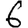
Digit: 6